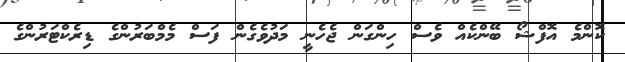
ކޮންމެ އޮފްޝޯ ބޭންކެއް ވެސް ހިންގަން ޖެހެނީ މަދުވެގެން ފަސް މެމްބަރުންގެ ޑިރެކްޓަރުންގެ